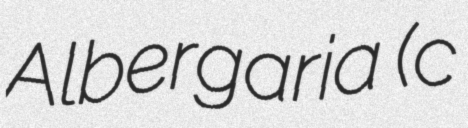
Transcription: Albergaria (c